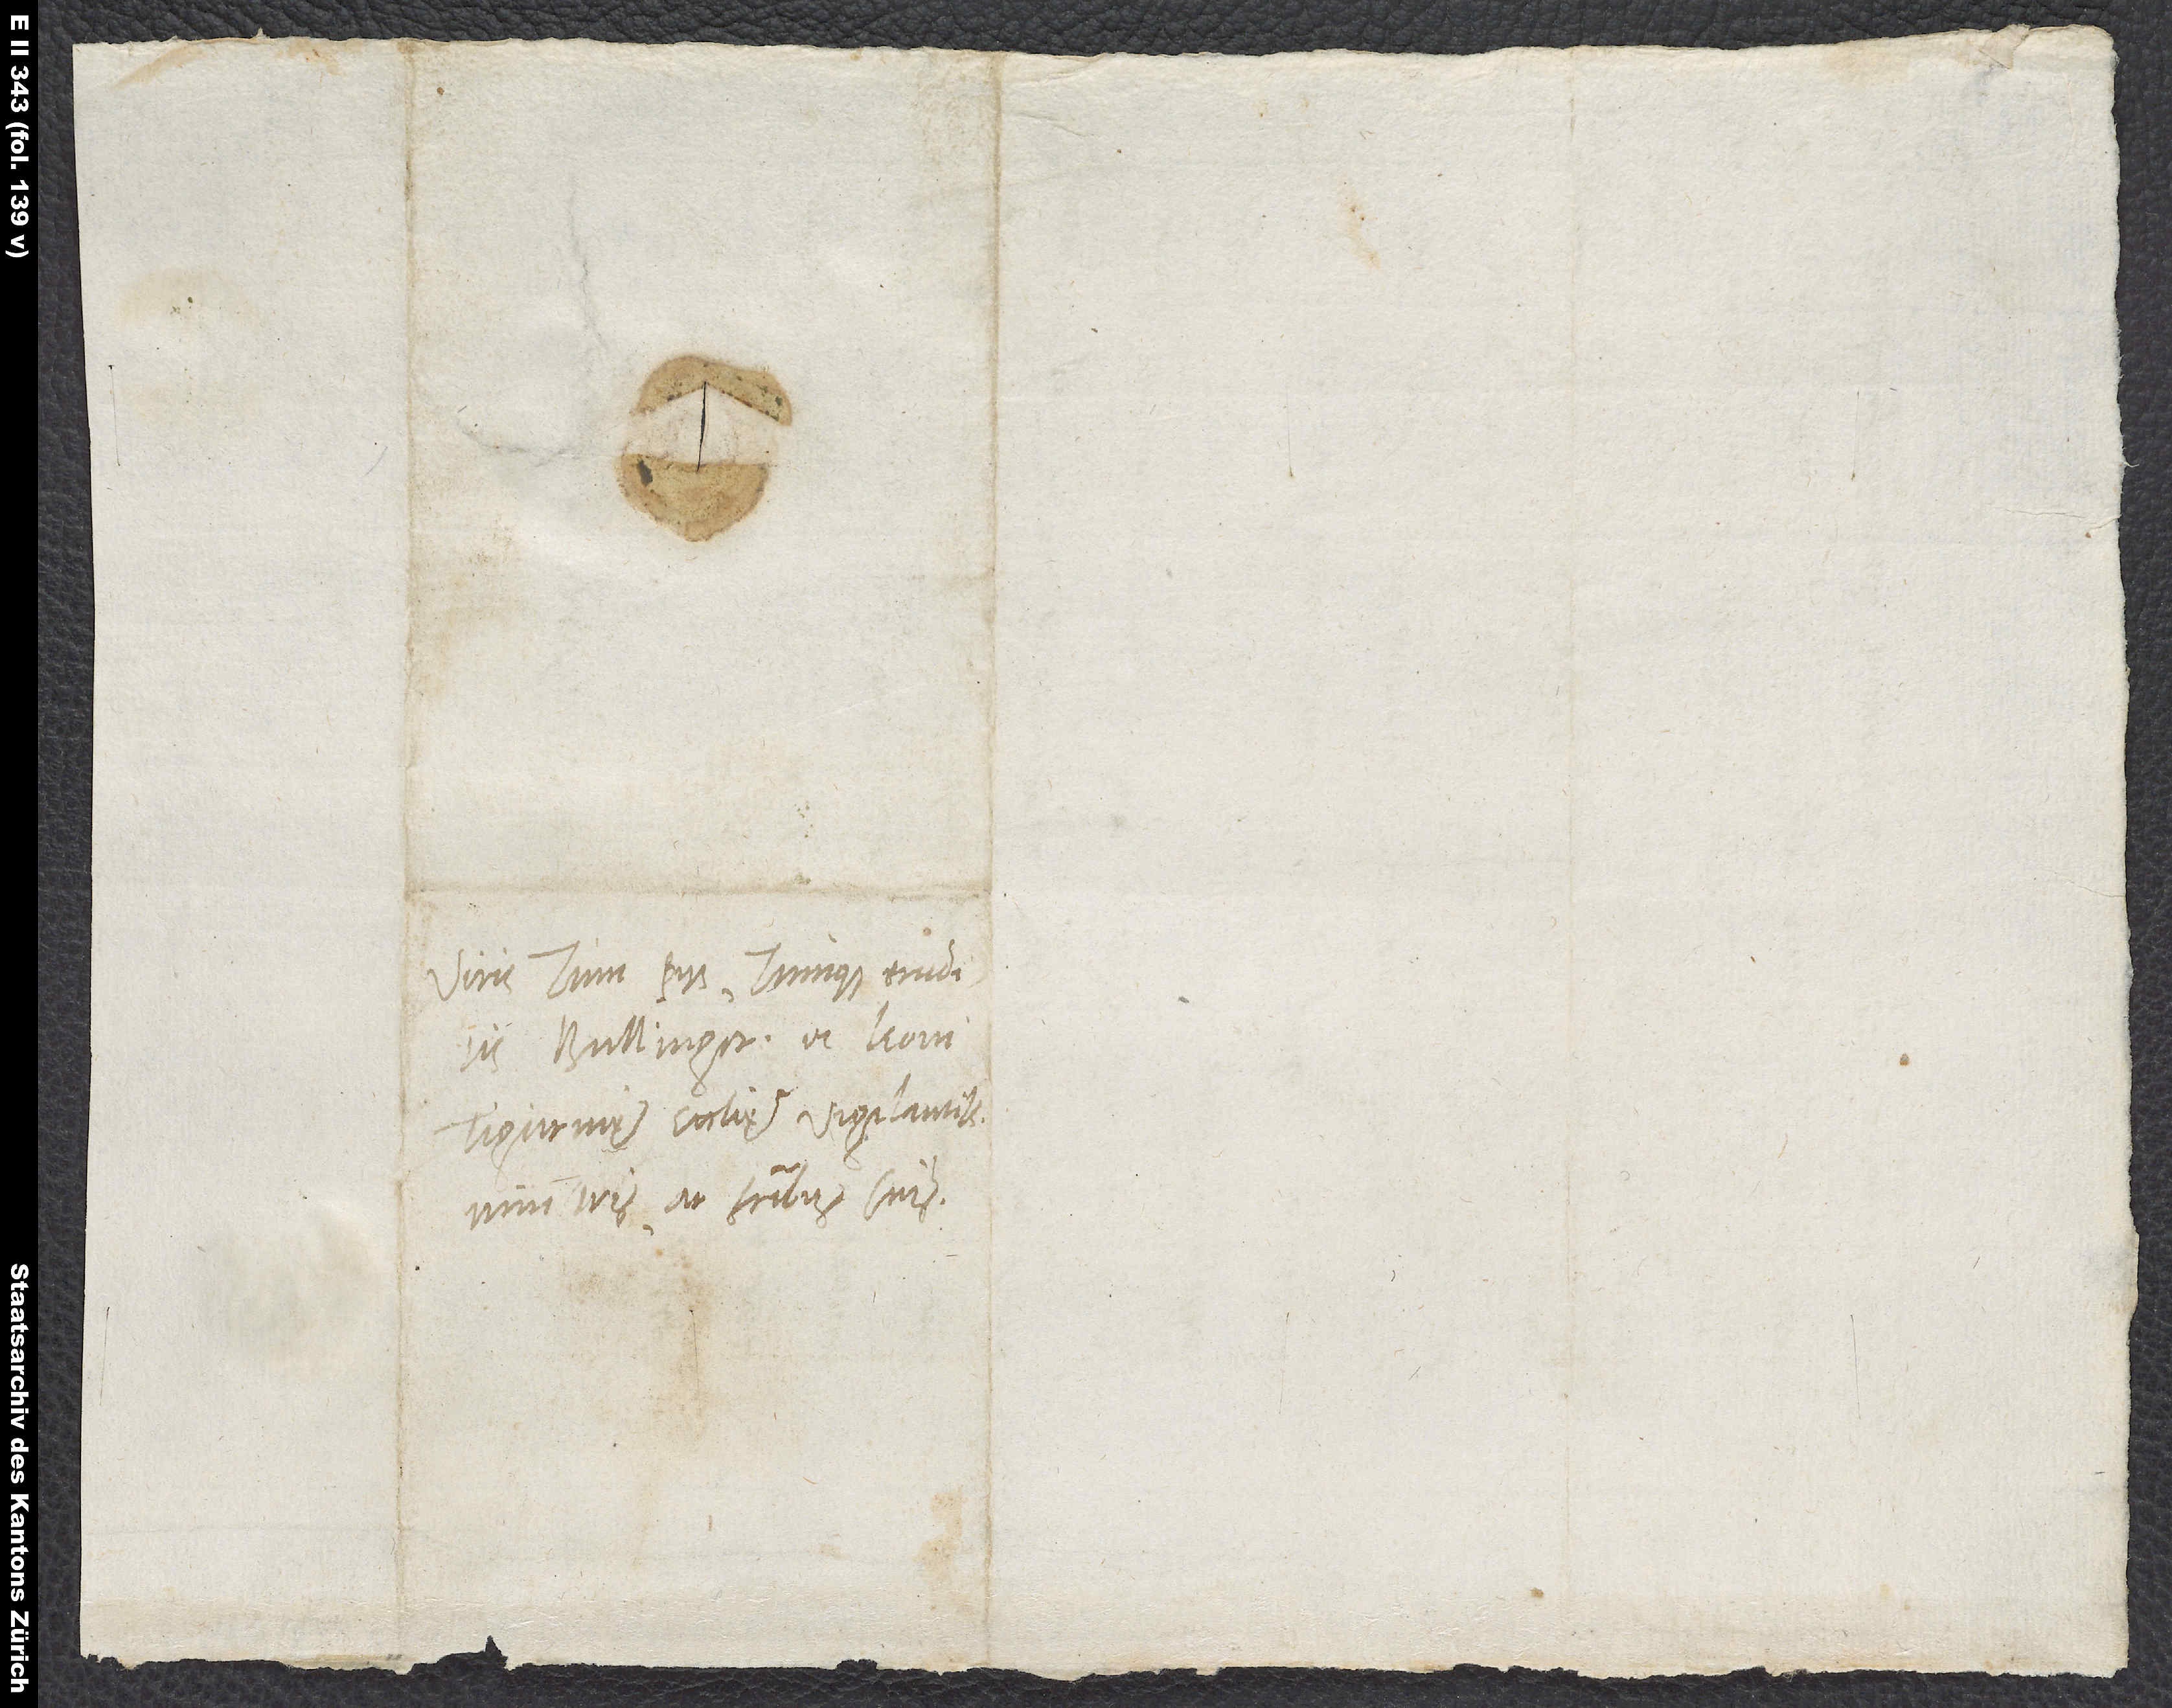
Viris tum piis tumque eruditis
Bullingero et Leoni,
Tigurinę ecclesię vigilantissimis
ministris ac fratribus suis.